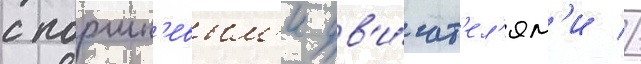
с поршн'евым'и дв'и́гат'ел'ям'и //